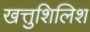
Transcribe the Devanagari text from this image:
खत्तुशिलिश